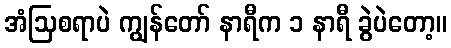
အံဩစရာပဲ ကျွန်တော် နာရီက ၁ နာရီ ခွဲပဲတော့။